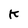
Character: K